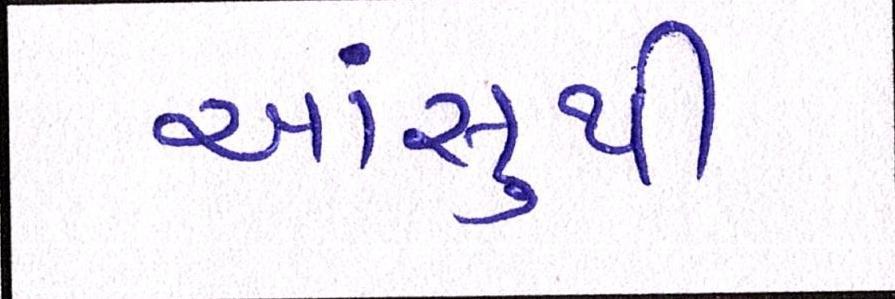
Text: આંસુથી